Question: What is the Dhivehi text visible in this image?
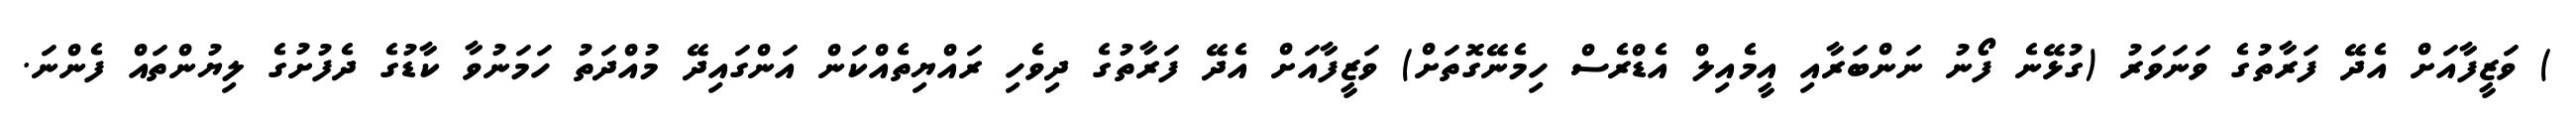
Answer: ) ވަޒީފާއަށް އެދޭ ފަރާތުގެ ވަނަވަރު (ގުޅޭނެ ފޯނު ނަންބަރާއި އީމެއިލް އެޑްރެސް ހިމެނޭގޮތަށް) ވަޒީފާއަށް އެދޭ ފަރާތުގެ ދިވެހި ރައްޔިތެއްކަން އަންގައިދޭ މުއްދަތު ހަމަނުވާ ކާޑުގެ ދެފުށުގެ ލިޔުންތައް ފެންނަ.